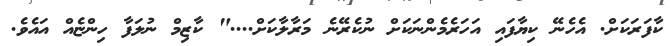
ކާފަރަކަށް. އެހެނޭ ކިޔާފައި އަހަރެމެންނަކަށް ނުކެރޭނެ މަރާލާކަށް...." ކާޒިމް ނުލަފާ ހިންޏެއް އައެވެ.